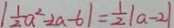
\vert \frac { 1 } { 2 } a ^ { 2 } - 2 a - 6 \vert = \frac { 1 } { 2 } \vert a - 2 \vert